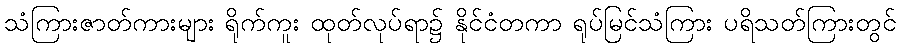
သံကြားဇာတ်ကားများ ရိုက်ကူး ထုတ်လုပ်ရာ၌ နိုင်ငံတကာ ရုပ်မြင်သံကြား ပရိသတ်ကြားတွင်